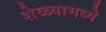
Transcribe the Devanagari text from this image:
शेळ्यामध्ये